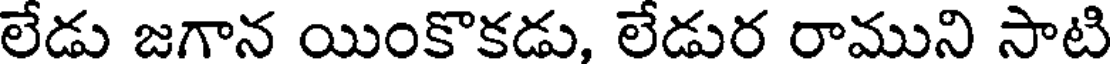
లేడు జగాన యింకొకడు, లేడుర రాముని సాటి